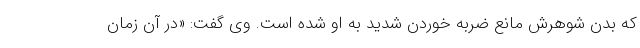
که بدن شوهرش مانع ضربه خوردن شدید به او شده است. وی گفت: «در آن زمان